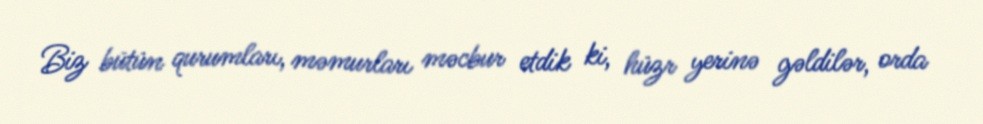
Biz bütün qurumları, məmurları məcbur etdik ki, hüzr yerinə gəldilər, orda